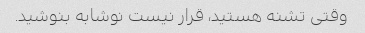
وقتی تشنه هستید، قرار نیست نوشابه بنوشید.